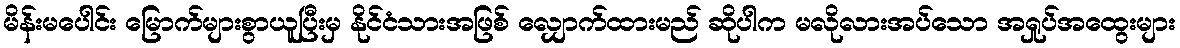
မိန်းမပေါင်း မြောက်များစွာယူပြီးမှ နိုင်ငံသားအဖြစ် လျှောက်ထားမည် ဆိုပါက မလိုလားအပ်သော အရှုပ်အထွေးများ